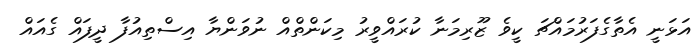
އަޅަނީ އެތާގެފަރުމައްޗަ ކީވެ ޒޫރިމަނާ ކުރައްވީރު މިކަންތްއް ނުވަންޔާ އިސްތިއުފާ ދީފައް ގެއައް